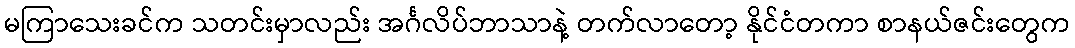
မကြာသေးခင်က သတင်းမှာလည်း အင်္ဂလိပ်ဘာသာနဲ့ တက်လာတော့ နိုင်ငံတကာ စာနယ်ဇင်းတွေက